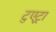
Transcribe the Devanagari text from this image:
टुएट्रा